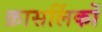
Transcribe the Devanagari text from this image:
क्रासलिंकों